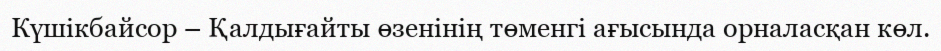
Күшікбайсор – Қалдығайты өзенінің төменгі ағысында орналасқан көл.